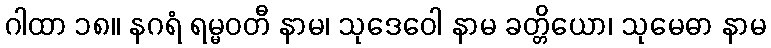
ဂါထာ ၁၈။ နဂရံ ရမ္မဝတီ နာမ၊ သုဒေဝေါ နာမ ခတ္တိယော၊ သုမေဓာ နာမ